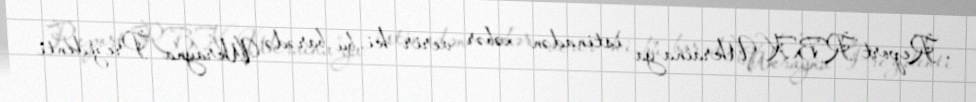
Report"RBK-Ukraina"ya istinadən xəbər verir ki, bu barədə Ukrayna Prezidenti